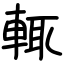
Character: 輒